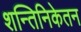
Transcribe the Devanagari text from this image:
शन्तिनिकेतन